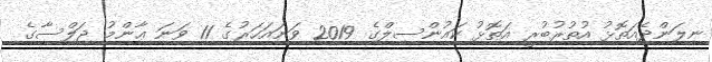
ނިލަންދެއަތޮޅު އުތުރުބުރީ އަތޮޅު ކައުންސިލްގެ 2019 ވަނައަހަރުގެ 11 ވަނަ ޢާންމު ޖަލްސާގެ